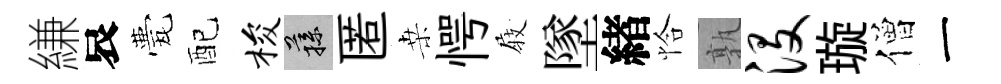
縑哀甍配梭蓀匿桒愕𡲆墜緖恰孰没璇僧一